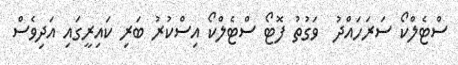
ސްޓެލްކޯ ސަރަހައްދު  ވަގުތު ފޮޓޯ ސްޓެލްކޯ އިސްކުރު ބަރި ކައިރީގައި އަދިވެސް